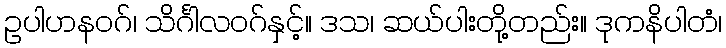
ဥပါဟနဝဂ်၊ သိင်္ဂါလဝဂ်နှင့်။ ဒသ၊ ဆယ်ပါးတို့တည်း။ ဒုကနိပါတံ၊